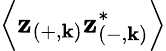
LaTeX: \left\langle\mathbf{z}_{\left(+,\mathbf{{k}}\right)}\mathbf{z}_{\left(-,\mathbf{{k}}\right)}^{*}\right\rangle